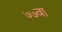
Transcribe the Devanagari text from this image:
७७वा